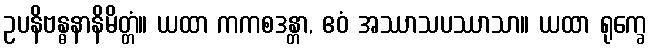
ဥပနိဗန္ဓနာနိမိတ္တံ။ ယထာ ကကစဒန္တာ, ဧဝံ အဿာသပဿာသာ။ ယထာ ရုက္ခေ